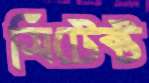
সিটেক্ট